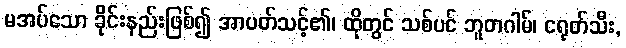
မအပ်သော ခိုင်းနည်းဖြစ်၍ အာပတ်သင့်၏၊ ထိုတွင် သစ်ပင် ဘူတဂါမ်၊ ငရုတ်သီး,